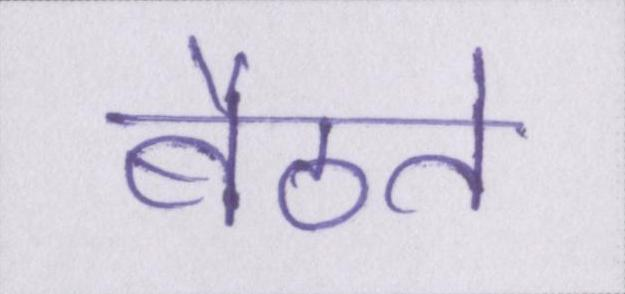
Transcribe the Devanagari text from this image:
बैठते